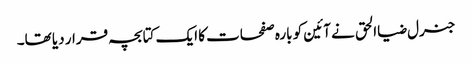
جنرل ضیاالحق نے آئین کو بارہ صفحات کا ایک کتابچہ قرار دیا تھا۔